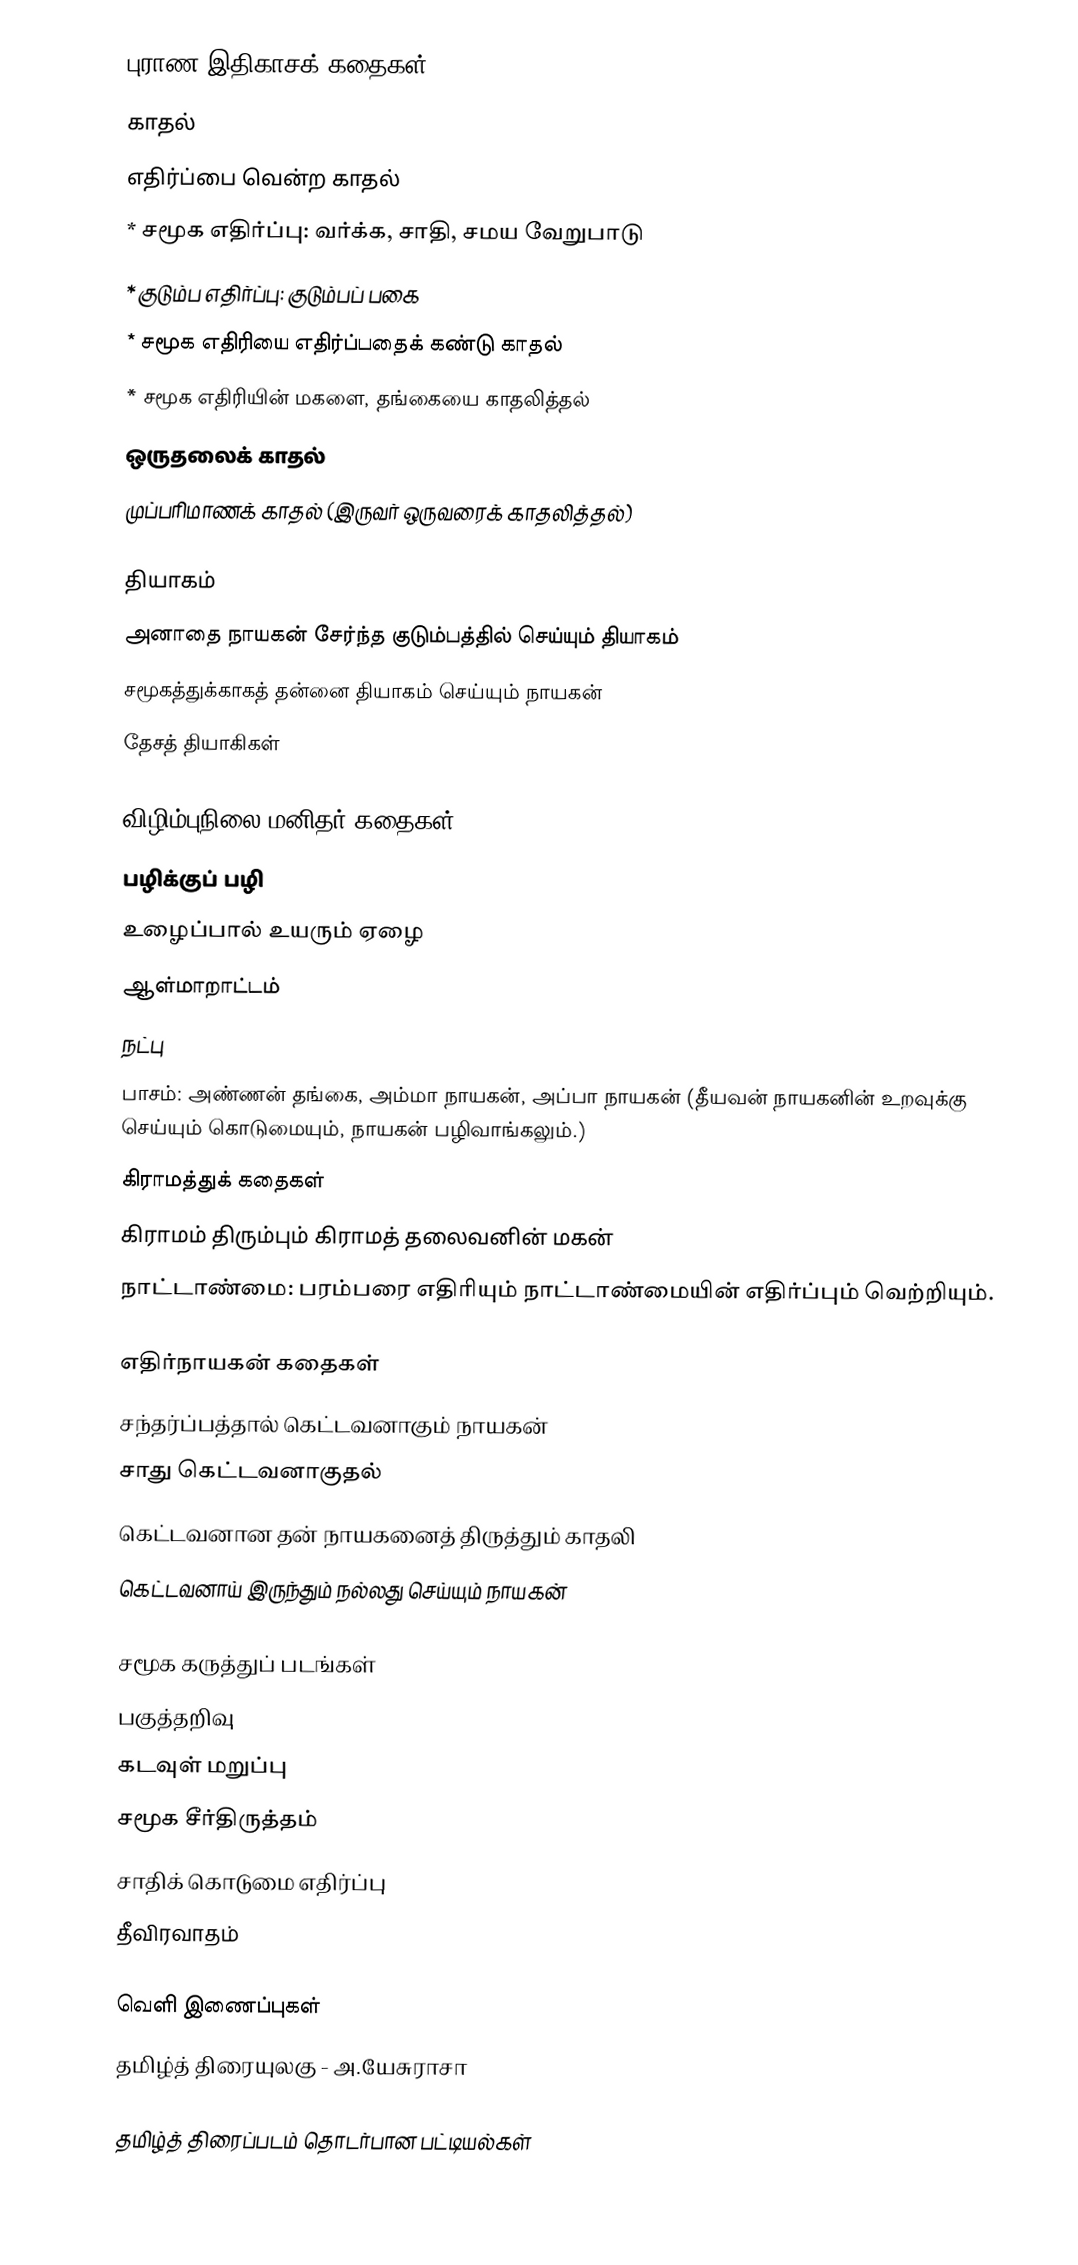
புராண இதிகாசக் கதைகள்
 காதல்
 எதிர்ப்பை வென்ற காதல்
 * சமூக எதிர்ப்பு: வர்க்க, சாதி, சமய வேறுபாடு
 * குடும்ப எதிர்ப்பு: குடும்பப் பகை
 * சமூக எதிரியை எதிர்ப்பதைக் கண்டு காதல்
 * சமூக எதிரியின் மகளை, தங்கையை காதலித்தல்
 ஒருதலைக் காதல்
 முப்பரிமாணக் காதல் (இருவர் ஒருவரைக் காதலித்தல்)

 தியாகம்
 அனாதை நாயகன் சேர்ந்த குடும்பத்தில் செய்யும் தியாகம்
 சமூகத்துக்காகத் தன்னை தியாகம் செய்யும் நாயகன்
 தேசத் தியாகிகள்

 விழிம்புநிலை மனிதர் கதைகள்
 பழிக்குப் பழி
 உழைப்பால் உயரும் ஏழை
 ஆள்மாறாட்டம்
 நட்பு
 பாசம்: அண்ணன் தங்கை, அம்மா நாயகன், அப்பா நாயகன் (தீயவன் நாயகனின் உறவுக்கு செய்யும் கொடுமையும், நாயகன் பழிவாங்கலும்.)
 கிராமத்துக் கதைகள்
 கிராமம் திரும்பும் கிராமத் தலைவனின் மகன்
 நாட்டாண்மை: பரம்பரை எதிரியும் நாட்டாண்மையின் எதிர்ப்பும் வெற்றியும்.

 எதிர்நாயகன் கதைகள்
 சந்தர்ப்பத்தால் கெட்டவனாகும் நாயகன்
 சாது கெட்டவனாகுதல்
 கெட்டவனான தன் நாயகனைத் திருத்தும் காதலி
 கெட்டவனாய் இருந்தும் நல்லது செய்யும் நாயகன்

 சமூக கருத்துப் படங்கள்
 பகுத்தறிவு
 கடவுள் மறுப்பு
 சமூக சீர்திருத்தம்
 சாதிக் கொடுமை எதிர்ப்பு
 தீவிரவாதம்

வெளி இணைப்புகள்
 தமிழ்த் திரையுலகு - அ.யேசுராசா

தமிழ்த் திரைப்படம் தொடர்பான பட்டியல்கள்